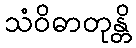
သံဝိဓာတုန္တိ